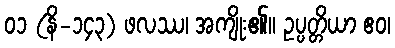
၀၁ (နိ-၁၄၃) ဖလဿ၊ အကျိုး၏။ ဥပ္ပတ္တိယာ ဧဝ၊